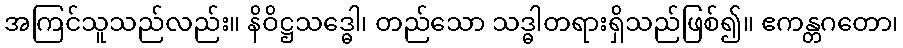
အကြင်သူသည်လည်း။ နိဝိဋ္ဌသဒ္ဓေါ၊ တည်သော သဒ္ဓါတရားရှိသည်ဖြစ်၍။ ဧကန္တဂတော၊